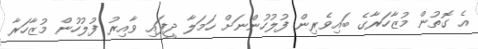
އެ ގޮތުން މުޒާހަރާގެ ބައިވެރިން ފުލުހުންނަށް ހަމަލާ ދީފައި ވާއިރު ފުލުހުން މުޒާހަރާ